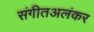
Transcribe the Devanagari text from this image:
संगीतअलंकर